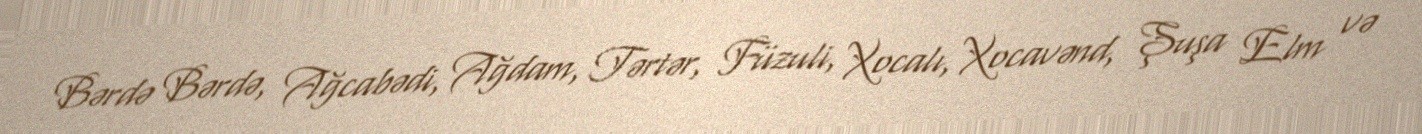
Bərdə Bərdə, Ağcabədi, Ağdam, Tərtər, Füzuli, Xocalı, Xocavənd, Şuşa Elm və